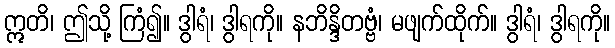
ဣတိ၊ ဤသို့ ကြံ၍။ ဒွါရံ၊ ဒွါရကို။ နဘိန္ဒိတဗ္ဗံ၊ မဖျက်ထိုက်။ ဒွါရံ၊ ဒွါရကို။